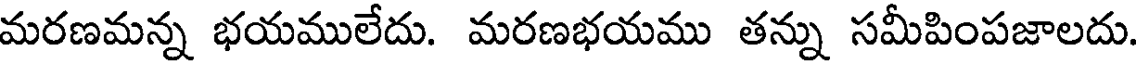
మరణమన్న భయములేదు. మరణభయము తన్ను సమీపింపజాలదు.